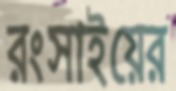
রংসাইয়ের